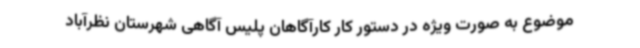
موضوع به صورت ویژه در دستور کار کارآگاهان پلیس آگاهی شهرستان نظرآباد